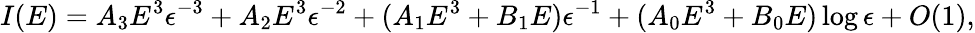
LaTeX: I(E)=A_{3}E^{3}\epsilon^{-3}+A_{2}E^{3}\epsilon^{-2}+(A_{1}E^{3}+B_{1}E)\epsilon^{-1}+(A_{0}E^{3}+B_{0}E)\log\epsilon+O(1),